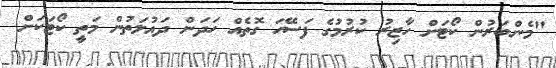
"މެންބަރުން ކޯޓަށް ހާޒިރު ކުރުމުގެ ފަސޭހަ ގޮތެއް ހަދަން ދައުލަތުން މަތީ ކޯޓަކަށް